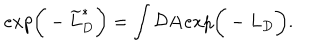
e x p \bigg ( - \widetilde { L } _ { D } ^ { * } \bigg ) = \int { \cal D } { \bf A } e x p \bigg ( - L _ { D } \bigg ) .